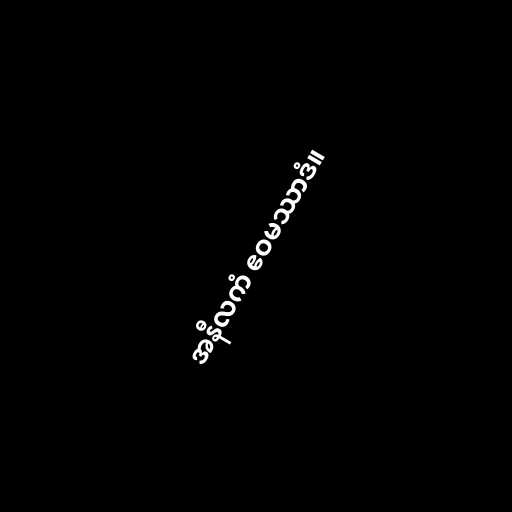
အနီလကံ ဧဝမဿာဒံ။